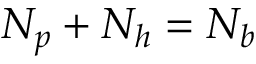
N _ { p } + N _ { h } = N _ { b }